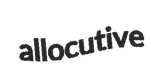
allocutive